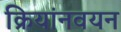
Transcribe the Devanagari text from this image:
क्रियांनवयन